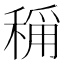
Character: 𬓴